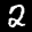
Label: 2